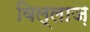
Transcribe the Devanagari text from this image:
विल्लाज़